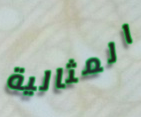
المثالية